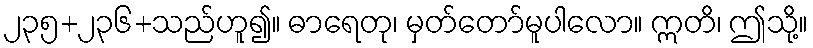
၂၃၅+၂၃၆+သည်ဟူ၍။ ဓာရေတု၊ မှတ်တော်မူပါလော။ ဣတိ၊ ဤသို့။